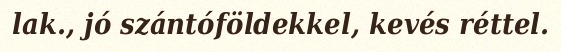
lak., jó szántóföldekkel, kevés réttel.